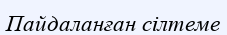
Пайдаланған сілтеме